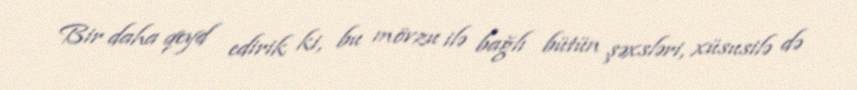
Bir daha qeyd edirik ki, bu mövzu ilə bağlı bütün şəxsləri, xüsusilə də